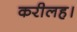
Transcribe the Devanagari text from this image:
करीलह।